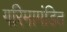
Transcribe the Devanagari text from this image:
गरिमामंडित